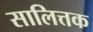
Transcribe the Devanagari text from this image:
सालित्तक